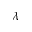
\lambda